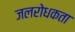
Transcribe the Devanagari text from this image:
जलरोधकता